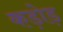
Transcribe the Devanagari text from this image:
कड़ोड़